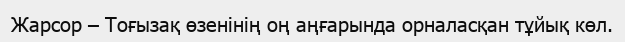
Жарсор – Тоғызақ өзенінің оң аңғарында орналасқан тұйық көл.